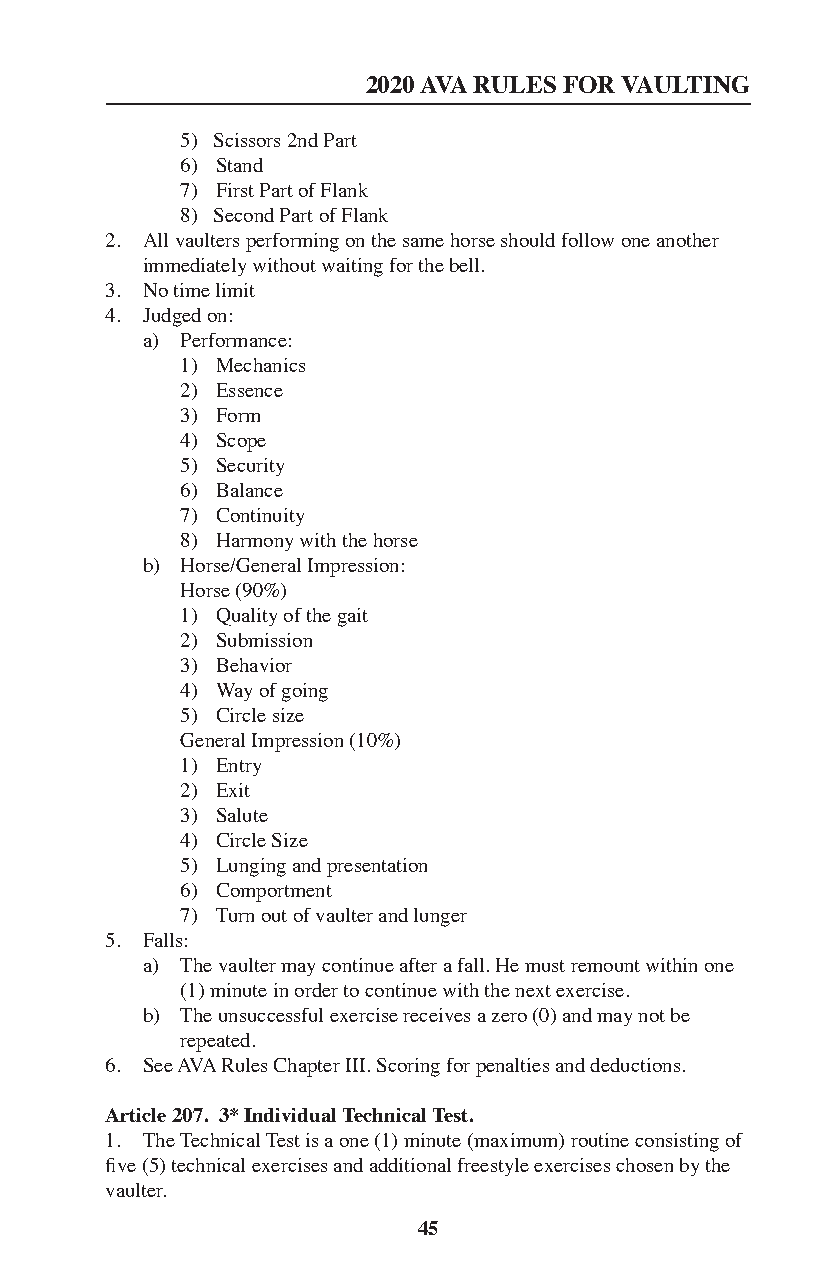
2020 AVA RULES FOR VAULTING
 5) Scissors 2nd Part
 6) Stand
 7) First Part of Flank
 8) Second Part of Flank
 2. All vaulters performing on the same horse should follow one another
 immediately without waiting for the bell.
 3. No time limit
 4. Judged on:
 a) Performance:
 1) Mechanics
 2) Essence
 3) Form
 4) Scope
 5) Security
 6) Balance
 7) Continuity
 8) Harmony with the horse
 b) Horse/General Impression:
 Horse (90%)
 1) Quality of the gait
 2) Submission
 3) Behavior
 4) Way of going
 5) Circle size
 General Impression (10%)
 1) Entry
 2) Exit
 3) Salute
 4) Circle Size
 5) Lunging and presentation
 6) Comportment
 7) Turn out of vaulter and lunger
 5. Falls:
 a) The vaulter may continue after a fall. He must remount within one
 (1) minute in order to continue with the next exercise.
 b) The unsuccessful exercise receives a zero (0) and may not be
 repeated.
 6. See AVA Rules Chapter III. Scoring for penalties and deductions.
 Article 207. 3* Individual Technical Test.
 1. The Technical Test is a one (1) minute (maximum) routine consisting of
 five (5) technical exercises and additional freestyle exercises chosen by the
 vaulter.
 45